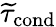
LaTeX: {\widetilde{\tau}_{\mathrm{cond}}}